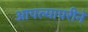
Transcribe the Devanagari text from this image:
आपल्यापरीने